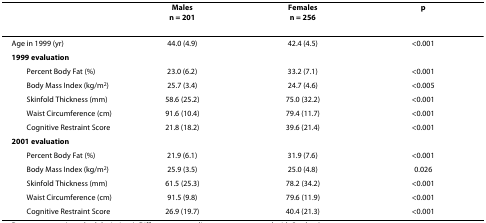
<table><thead><tr><td></td><td><b>Malesn = 201</b></td><td><b>Femalesn = 256</b></td><td><b>p</b></td></tr></thead><tbody><tr><td>Age in 1999 (yr)</td><td>44.0 (4.9)</td><td>42.4 (4.5)</td><td>&lt;0.001</td></tr><tr><td><b>1999 evaluation</b></td><td></td><td></td><td></td></tr><tr><td> Percent Body Fat (%)</td><td>23.0 (6.2)</td><td>33.2 (7.1)</td><td>&lt;0.001</td></tr><tr><td> Body Mass Index (kg/m<sup>2</sup>)</td><td>25.7 (3.4)</td><td>24.7 (4.6)</td><td>&lt;0.005</td></tr><tr><td> Skinfold Thickness (mm)</td><td>58.6 (25.2)</td><td>75.0 (32.2)</td><td>&lt;0.001</td></tr><tr><td> Waist Circumference (cm)</td><td>91.6 (10.4)</td><td>79.4 (11.7)</td><td>&lt;0.001</td></tr><tr><td> Cognitive Restraint Score</td><td>21.8 (18.2)</td><td>39.6 (21.4)</td><td>&lt;0.001</td></tr><tr><td><b>2001 evaluation</b></td><td></td><td></td><td></td></tr><tr><td> Percent Body Fat (%)</td><td>21.9 (6.1)</td><td>31.9 (7.6)</td><td>&lt;0.001</td></tr><tr><td> Body Mass Index (kg/m<sup>2</sup>)</td><td>25.9 (3.5)</td><td>25.0 (4.8)</td><td>0.026</td></tr><tr><td> Skinfold Thickness (mm)</td><td>61.5 (25.3)</td><td>78.2 (34.2)</td><td>&lt;0.001</td></tr><tr><td> Waist Circumference (cm)</td><td>91.5 (9.8)</td><td>79.6 (11.9)</td><td>&lt;0.001</td></tr><tr><td> Cognitive Restraint Score</td><td>26.9 (19.7)</td><td>40.4 (21.3)</td><td>&lt;0.001</td></tr></tbody></table>